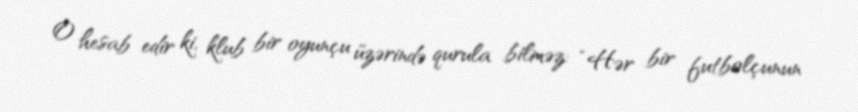
O hesab edir ki, klub bir oyunçu üzərində qurula bilməz: “Hər bir futbolçunun